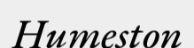
Humeston